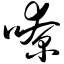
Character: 嘹